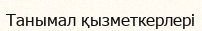
Танымал қызметкерлері